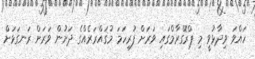
ހައްވަ ވިދާޅުވީ މި ޕްރޮގްރާމްގައި ވަަރަށް ފުރިހަމަ މުޤައްރަރެއްގެ ދަށުން ވަރަށް ރަނގަޅަށް